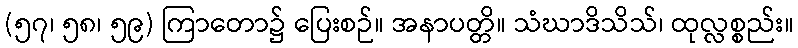
(၅၇၊ ၅၈၊ ၅၉) ကြာတော၌ ပြေးစဉ်။ အနာပတ္တိ။ သံဃာဒိသိသ်၊ ထုလ္လစ္စည်း။